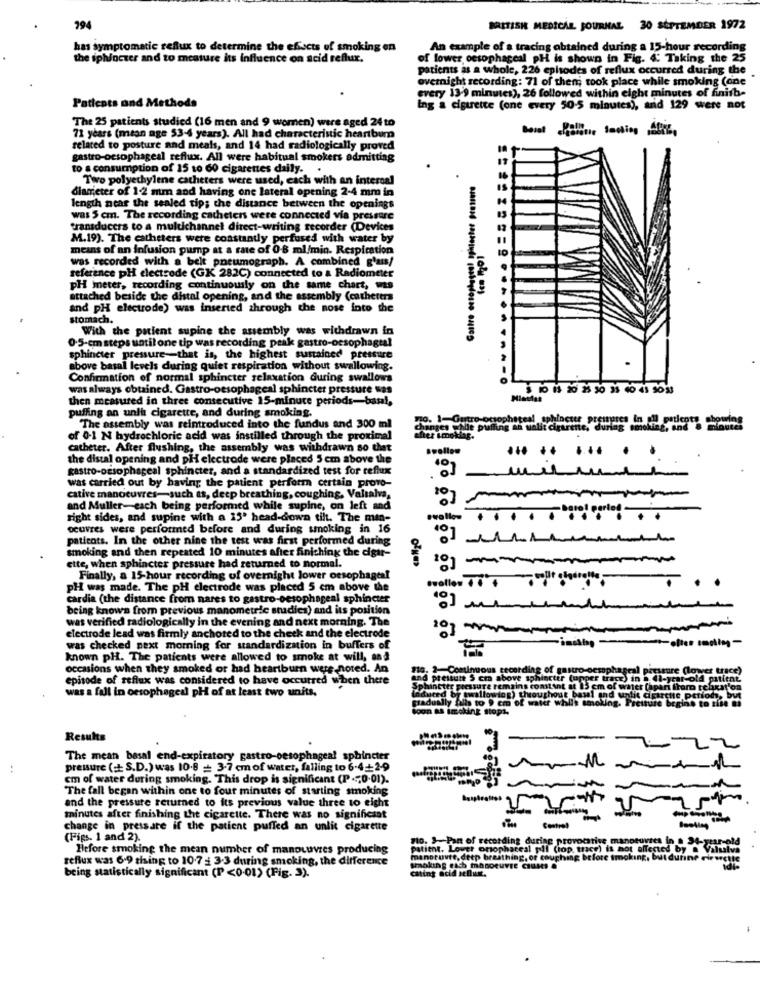
794
BRITISH MEDICAL JOURNAL 30 SEPTEMBER 1972
has symptomatic reflux to determine the effects of smoking en
An example of a tracing obtained during a 15-hour recording
the sphincter and to measure its influence on acid reflux.
of lower oesophageal pH is shown in Fig. 4: Taking the 25
patients as a whole, 226 episodes of reflux occurred during the
overnight recording: 71 of them; took place while smoking (one
every 13.9 minutes), 26 followed within eight minutes of finish-
Patients and Methods
ing a cigarette (one every 50-5 minutes), and 129 were not
The 25 patients studied (16 men and 9 wornen) were aged 24 to
71 years (mean age 53-4 years). All had characteristic heartburn
related to posture and meals, and 14 had radiologically proved
gastro-oesophageal reflux. All were habitual smokers admitting
to s consumption of 15 to 60 cigarettes daily ..
Two polyethylene catheters were used, each with an internal
diameter of 1-2 mm and having one lateral opening 2-4 mm in
length near the sealed tip; the distance between the openings
was 5 cm. The recording catheters were connected via pressure
transducers to a multichannel direct-writing recorder (Devices
M.19). The catheters were constantly perfused with water by
means of an infusion pump at a rate of 0-8 ml/min. Respiration
was recorded with a belt pneumograph. A combined g'aus/
reference pH electrode (GK 282C) connected to a Radiometer
Gastro ersopky.
PH meter, recording continuously on the same chart, was
attached beside the distal opening, and the assembly (catheters
and pH electrode) was inserted through the nose into the
stomach.
With the patient supine the assembly was withdrawn in
0.5-cm steps until one tip was recording peak gastro-oesophageal
sphincter pressure-that is, the highest sustained pressure
above basal levels during quiet respiration without swallowing.
Confirmation of normal sphincter relaxation during swallows
was always obtained. Gastro-oesophageal sphincter pressure was
then measured in three consecutive 15-minute periods-basal,
puffing an unla cigarette, and during smoking.
The assembly was reintroduced into the fundus and 300 ml
pulling an ualit cigarette, during smoking, And 8 i
of 0.1 N hydrochloric acid was instilled through the proximal
catheter. After flushing, the assembly was withdrawn so that
the distal opening and pH electrode were placed 5 cm above the
..... ... . .
gastro-oEsophageal sphincter, and a standardized test for reflux
was carried out by having the patient perform certain provo-
cative manoeuvres-such as, deep breathing, coughing, Valsalva,
and Muller-each being performed while supine, on left and
right sides, and supine with a 15' head-down tilt. The man-
wollen
œuvres were performed before and during smoking in 16
paticots. In the other nine the test was first performed during
smoking and then repeated 10 minutes after finishing the digur-
10] ---------
ette, when sphincter pressure had returned to normal.
Finally, a 15-hour recording of overnight lower oesophageal
pH was made. The pH electrode was placed 5 cm above the
cardia (the distance from nares to gastro-oesophageal sphincter
being known from previous manometric studies) and its position
wat verified radiologically in the evening and next morning. The
electrode lead was firmly anchored to the cheek and the electrode
was checked next morning for standardization in buffers of
-initby
known pH. The patients were allowed to smoke at will, and
occasions when they smoked or had heartburn wers noted. An
#16. 2-Continuous recording of gastro-oesophageal pressure (lower trace)
episode of reflux was considered to have occurred when there
(upper trace) in . (-)
was a fall in oesophageal pH of at least two units,
Sphincter pressure remains constant at 15 cm of water (apari fremo teluat'on
induced by swallowing) throughout basi and unlit cigarette periods, but
gradually tills to 9 cm of water while smoking. Pretture begins to sise ti
Soon as imoking stopt
Results
--
The mean basal end-expiratory gastro-oesophageal sphincter
pressure ( S.D.) was 10.8 + 3-7 cm of water, falling to 6-4+2-9
cm of water during smoking. This drop is significant (P .; 0-01).
The fall began within one to four minutes of starting smoking
and the pressure returned to its previous value three to eight
minutes after finishing the cigarette. There was no significaat
change in pressare if the patient puffed an unlit cigarette
(Figs. 1 and 2).
"Io. 3-Pan of recording during provocative manoeu
Hefore smoking the mean number of manouuvres producing
patient. Lower onophareal pil (top trace) is hot af
reflux was 6.9 tising to 10.7 : 3.3 during smoking, the difference
manotuvte, detp breathing, or coughing before tmoking
smoking each manoeuvre Causes .
cating acid reflux.
being statistically significant (P<0-01) (Fig. 3).